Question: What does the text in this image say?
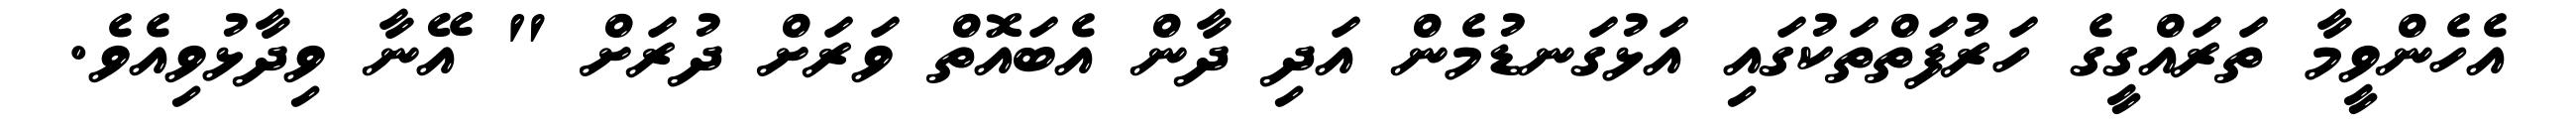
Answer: އެހެންވީމާ ތަރައްގީގެ ހަރުފަތްތަކުގައި އަޅުގަނޑުމެން އަދި ދާން އެބައޮތް ވަރަށް ދުރަށް " އޭނާ ވިދާޅުވިއެވެ.